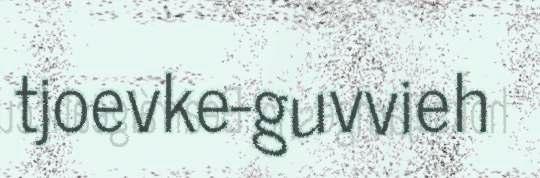
tjoevke-guvvieh